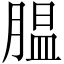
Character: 腽